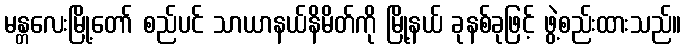
မန္တလေးမြို့တော် စည်ပင် သာယာနယ်နိမိတ်ကို မြို့နယ် ခုနစ်ခုဖြင့် ဖွဲ့စည်းထားသည်။